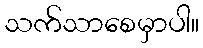
သက်သာစေမှာပါ။